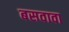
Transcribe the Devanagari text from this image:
बसवावा